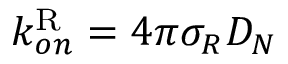
k _ { o n } ^ { \mathrm { R } } = 4 \pi \sigma _ { R } D _ { N }